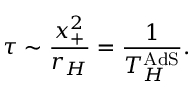
\tau \sim \frac { x _ { + } ^ { 2 } } { r _ { H } } = \frac { 1 } { T _ { H } ^ { \mathrm { A d S } } } .